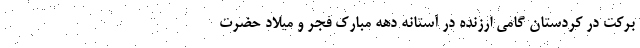
برکت در کردستان گامی ارزنده در آستانه دهه مبارک فجر و میلاد حضرت